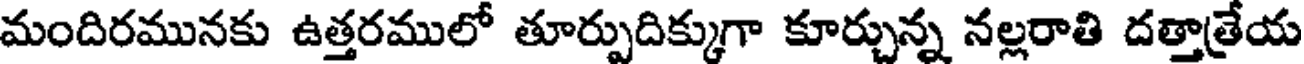
మందిరమునకు ఉత్తరములో తూర్పుదిక్కుగా కూర్చున్న నల్లరాతి దత్తాత్రేయ